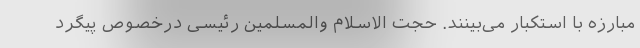
مبارزه با استکبار می‌بینند. حجت الاسلام والمسلمین رئیسی درخصوص پیگرد